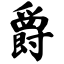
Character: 爵